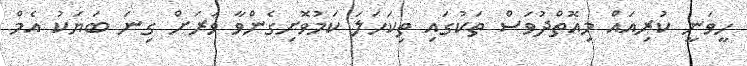
ހީވަނީ ކުރިއައް މިއޮތްދުވަސް ތަކުގައި ތިކަހަލަ ކަމުވޮށިގެންވާ ވަރަށް ގިނަ ބަޔަކު އެމް